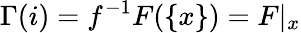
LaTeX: \Gamma(i)=f^{-1}F(\{ x\} )=F|_{x}